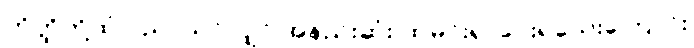
တိတ္ထိတို့ထံ ပညာသင်လျှင် အနည်းဆုံး ထမင်းရှာပေးရသေးကြောင်း